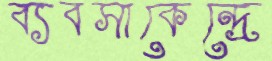
ব্যবসাকেন্দ্রে